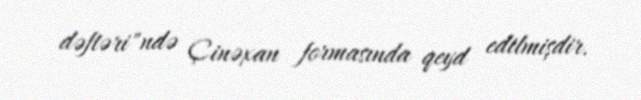
dəftəri"ndə Çinəxan formasında qeyd edilmişdir.